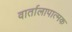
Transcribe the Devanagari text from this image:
वार्तालापात्मक